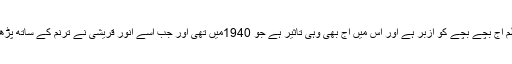
یہ نظم آج بچے بچے کو ازبر ہے اور اس میں آج بھی وہی تاثیر ہے جو 1940میں تھی اور جب اسے انور قریشی نے ترنم کے ساتھ پڑھا تھا۔